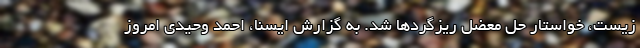
زیست، خواستار حل معضل ریزگرد‌ها شد. به گزارش ایسنا، احمد وحیدی امروز